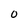
Character: 0